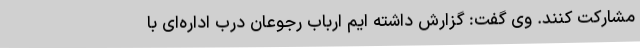
مشارکت کنند. وی گفت: گزارش داشته ایم ارباب رجوعان درب اداره‌ای با